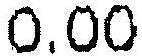
0.00